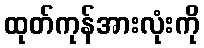
ထုတ်ကုန်အားလုံးကို